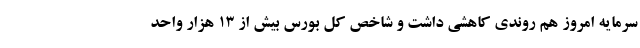
سرمایه امروز هم روندی کاهشی داشت و شاخص کل بورس بیش از ۱۳ هزار واحد